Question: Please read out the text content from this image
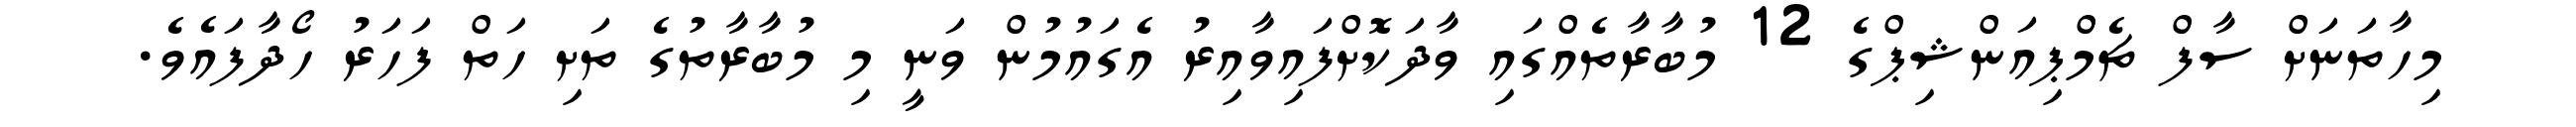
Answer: މިހާތަނަށް ސާފް ޗެމްޕިއަންޝިޕްގެ 12 މުބާރާތެއްގައި ވާދަކޮށްފައިވާއިރު އެގައުމުން ވަނީ މި މުބާރާތުގެ ތަށި ހަތް ފަހަރު ހޯދާފައެވެ.